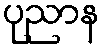
ပုညာန